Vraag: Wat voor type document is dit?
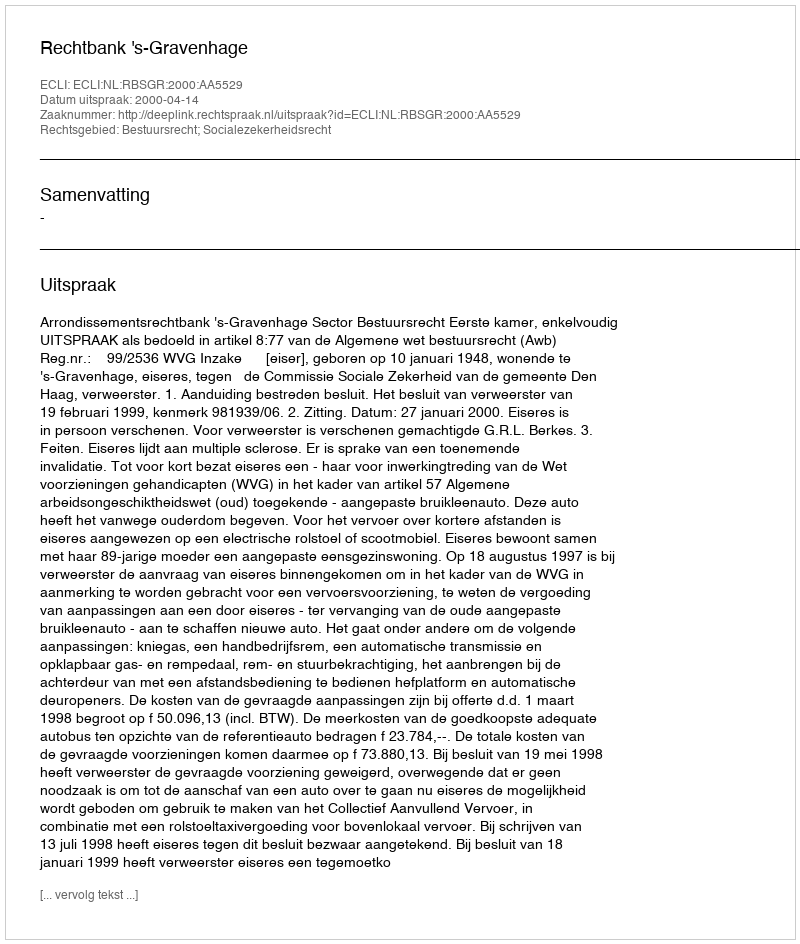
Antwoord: Uitspraak